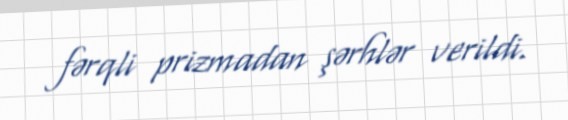
fərqli prizmadan şərhlər verildi.